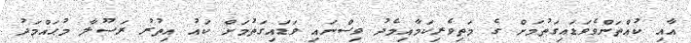
އާއި ކުއްތަންވެވަޑައިގަތުމަށް ގެ މަތިވެރިކަމާއިމެދު ވިސްނައި ވަޑައިގަތުމަށް ކައު އިތުރު ރަސޫލާ މުޙައްމަދު